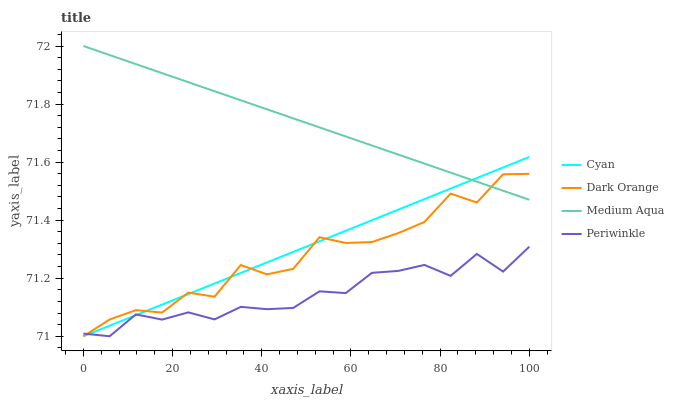
| xaxis_label | Cyan | Dark Orange | Medium Aqua | Periwinkle |
 | --- | --- | --- | --- | --- |
 | 0 | 71 | 71 | 72 | 71 |
 | 5.88 | 71 | 71.1 | 72 | 71 |
 | 11.8 | 71.1 | 71.1 | 71.9 | 71.1 |
 | 17.6 | 71.1 | 71.1 | 71.9 | 71.1 |
 | 23.5 | 71.1 | 71.2 | 71.9 | 71.1 |
 | 29.4 | 71.2 | 71.1 | 71.8 | 71.1 |
 | 35.3 | 71.2 | 71.2 | 71.8 | 71.1 |
 | 41.2 | 71.3 | 71.2 | 71.8 | 71.1 |
 | 47.1 | 71.3 | 71.2 | 71.8 | 71.1 |
 | 52.9 | 71.3 | 71.3 | 71.7 | 71.2 |
 | 58.8 | 71.4 | 71.3 | 71.7 | 71.1 |
 | 64.7 | 71.4 | 71.3 | 71.7 | 71.2 |
 | 70.6 | 71.4 | 71.4 | 71.6 | 71.2 |
 | 76.5 | 71.5 | 71.4 | 71.6 | 71.2 |
 | 82.4 | 71.5 | 71.5 | 71.6 | 71.2 |
 | 88.2 | 71.5 | 71.5 | 71.5 | 71.3 |
 | 94.1 | 71.6 | 71.6 | 71.5 | 71.2 |
 | 100 | 71.6 | 71.6 | 71.5 | 71.3 |